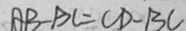
A B - B C = C D - B C